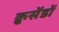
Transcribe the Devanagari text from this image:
क्रुसेंडों